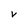
Character: V